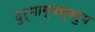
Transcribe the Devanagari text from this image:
दुर्भाग्यस्वरुप